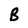
Character: B